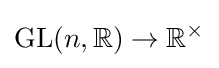
\mathrm {GL} (n,\mathbb {R} )\to \mathbb {R} ^{\times }